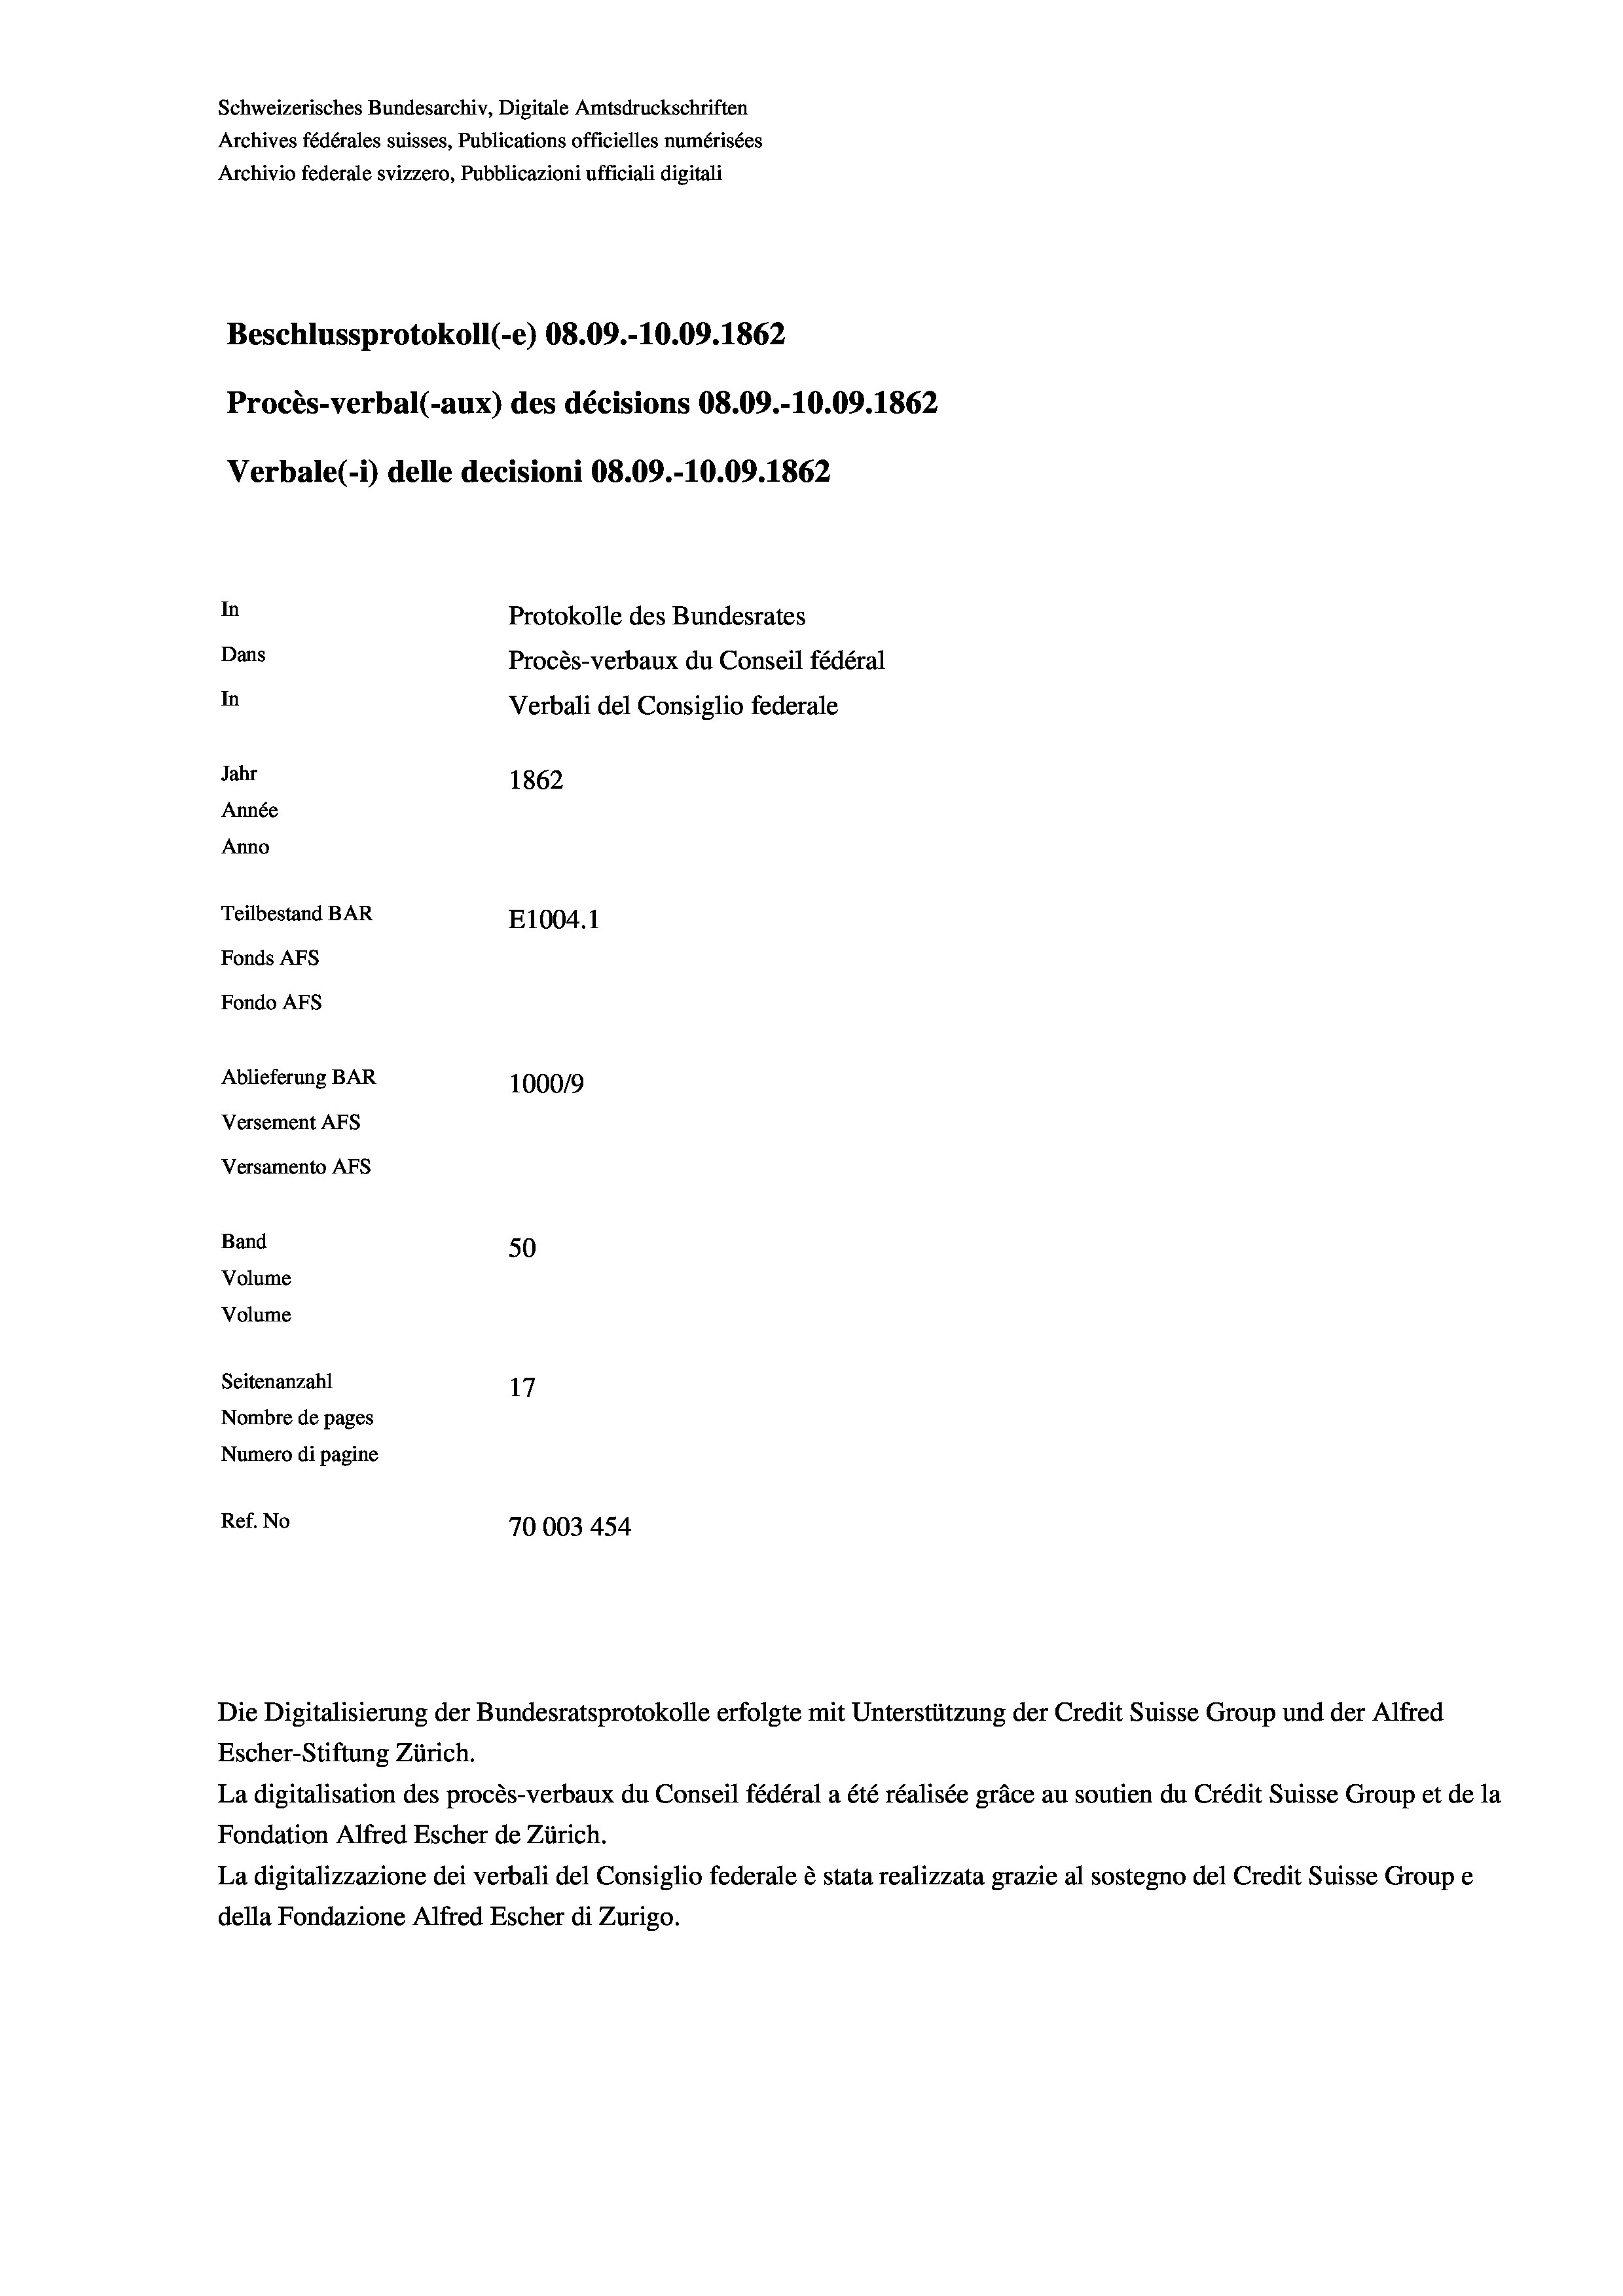
Beschlussprotokoll (-e) 08.09.-10.09. 1862
Procès-verbal (-aux) des décisions 08.09.-10.09. 1862
Verbale (i) delle decisioni 08.09.-10.09. 1862
In
Protokolle des Bundesrates
Dans
Procès-verbaux du Conseil fédéral
In
Verbali del Consiglio federale
Jahr
1862
Année
Anno
Teilbestand BAR
E1004. 1
Fonds AFs
Fondo AFS
Ablieferung BAR
100019
Versement AFs
Versamento Afs

50
Seitenanzahl
17
Nombre de pages
Numero di pagine
Ref. No
70003454

Band
Volume
Volume

Archives fédérales suisses, Publications officielles numérisées
Archivio federale svizzero, Pubblicazioni ufficiali digitali

Schweizerisches Bundesarchiv, Digitale Amtsdruckschriften

Die Digitalisierung der Bundesratsprotokolle erfolgte mit Unterstützung der Credit Suisse Group und der Alfred

Escher-Stiftung Zürich.
La digitalisation des procès-verbaux du Conseil fédéral a été réalisée gräce au soutien du Crédit Suisse Group et de la
Fondation Alfred Escher de Zürich.
La digitalizzazione dei verbali del Consiglio federale è stata realizzata grazie al sostegno del Credit Suisse Groupe
della Fondazione Alfred Escher di Zurigo.